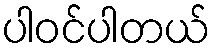
ပါဝင်ပါတယ်